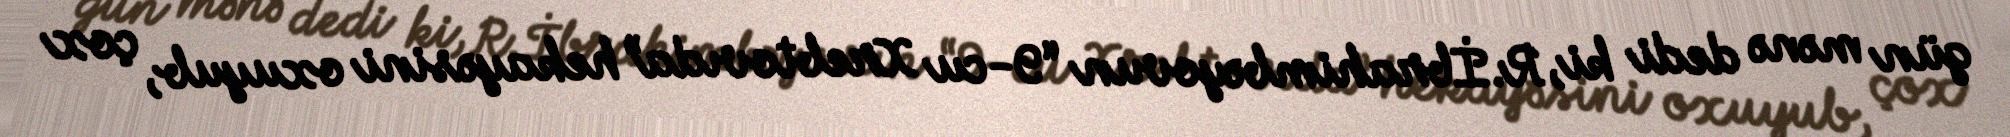
gün mənə dedi ki, R.İbrahimbəyovun “9-cu Xrebtovıda” hekayəsini oxuyub, çox